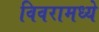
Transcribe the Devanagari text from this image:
विवरामध्ये